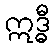
ဣဒ္ဓီ